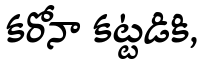
కరోనా కట్టడికి,